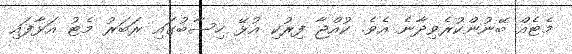
މެޓެއް ބޭނުންކުރެވިދާނެ އެވެ. ކުއްޖާ ފިރުކި އުޅޭ ހިސާބުގައި ރަބަރު މެޓު އަޅާފައި